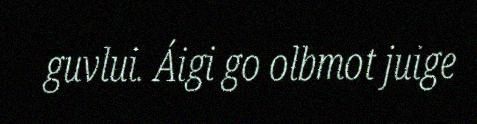
guvlui. Áigi go olbmot juige